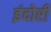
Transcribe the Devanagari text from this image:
इंदोरी